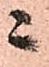
ニ